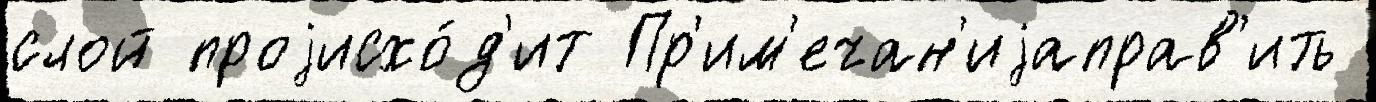
слой проjисхо́д'ит Пр'им'ечан'иjаправ'ить